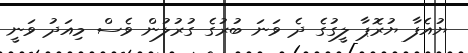
ޔުއެފާ ޔުރޮޕާ ލީގުގެ ދެ ވަނަ ބުރުގެ ގުރުލުން ވެސް މިއަދު ވަނީ